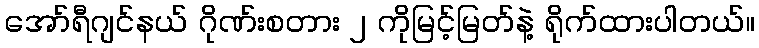
အော်ရီဂျင်နယ် ဂိုဏ်းစတား ၂ ကိုမြင့်မြတ်နဲ့ ရိုက်ထားပါတယ်။